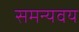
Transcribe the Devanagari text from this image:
समन्यवय